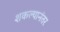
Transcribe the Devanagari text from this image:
शकल्यानंतर